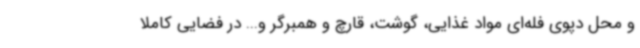
و محل دپوی فله‌ای مواد غذایی، گوشت، قارچ و همبرگر و... در فضایی کاملاً